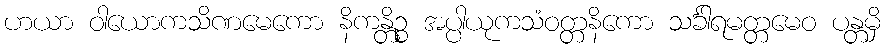
ဟယာ ဝါယောကသိဏမေကော နိကန္တိဉ္စ အပ္ပါယုကသံဝတ္တနိကော သင်္ခါရမတ္တမေဝ ပန္တမှိ